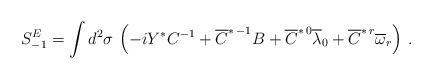
LaTeX: \begin{align*}S^E_{-1} = \int d^2 \sigma \, \left( - i Y^* C^{-1} + \overline{C}^{*\,-1} B + \overline{C}^{*\,0} \overline{\lambda}_0 + \overline{C}^{*\,r} \overline{\omega}_r \right) \, .\end{align*}